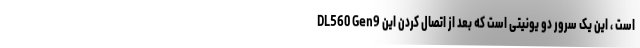
DL560 Gen9 است ، این یک سرور دو یونیتی است که بعد از اتصال کردن این